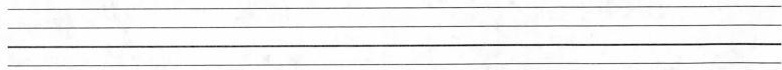
_________